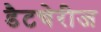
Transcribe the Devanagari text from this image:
डैटचेरीज